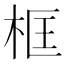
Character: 框